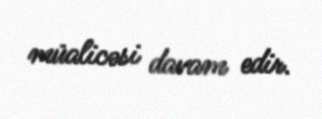
müalicəsi davam edir.